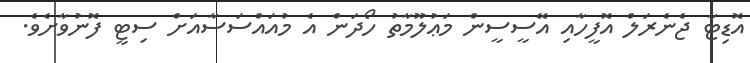
އޮޑިޓާ ޖެނެރަލް އޮފީހާއި އޭސީސީން މަޢުލޫމާތު ހޯދަން އެ މުއައްސަސާއަށް ސިޓީ ފޮނުވާށެވެ.